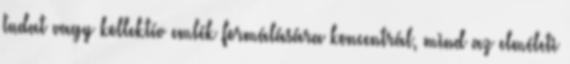
tudat vagy kollektív emlék formálására koncentrál, mind az elméleti